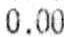
0.00